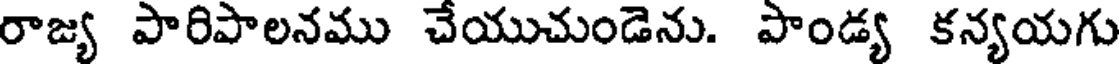
రాజ్య పారిపాలనము చేయుచుండెను. పాండ్య కన్యయగు